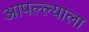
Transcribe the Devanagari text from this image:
आपल्ल्याला